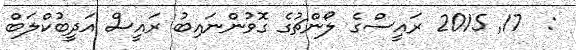
:  17